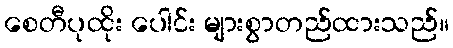
စေတီပုထိုး ပေါင်း များစွာတည်ထားသည်။